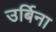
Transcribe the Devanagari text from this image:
उर्बिना